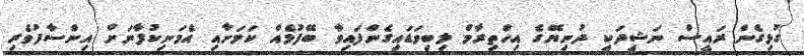
ގުޅިގެން ރައީސް ނަޝީދަކީ ދުނިޔޭގެ އިހްތިރާމް ލިބިވަޑައިގެންފައިވާ ބޭފުޅެއް ކަމަށާއި އެމަނިކުފާނަށް އިންސާފުވެރި